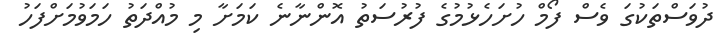
ދުވަސްތަކުގަ ވެސް ފޯމް ހުށަހެޅުމުގެ ފުރުސަތު އޮންނާނެ ކަމަށާ މި މުއްދަތު ހަމަވުމަށްފަހު